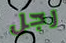
رجل